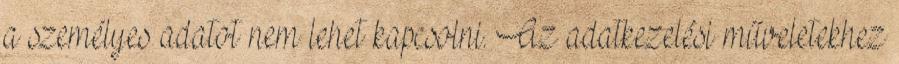
a személyes adatot nem lehet kapcsolni. Az adatkezelési műveletekhez